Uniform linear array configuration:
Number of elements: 4
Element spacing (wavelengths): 0.25
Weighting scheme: exponential
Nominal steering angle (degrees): -45
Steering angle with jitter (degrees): -45.264
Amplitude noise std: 0.05
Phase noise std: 0.05

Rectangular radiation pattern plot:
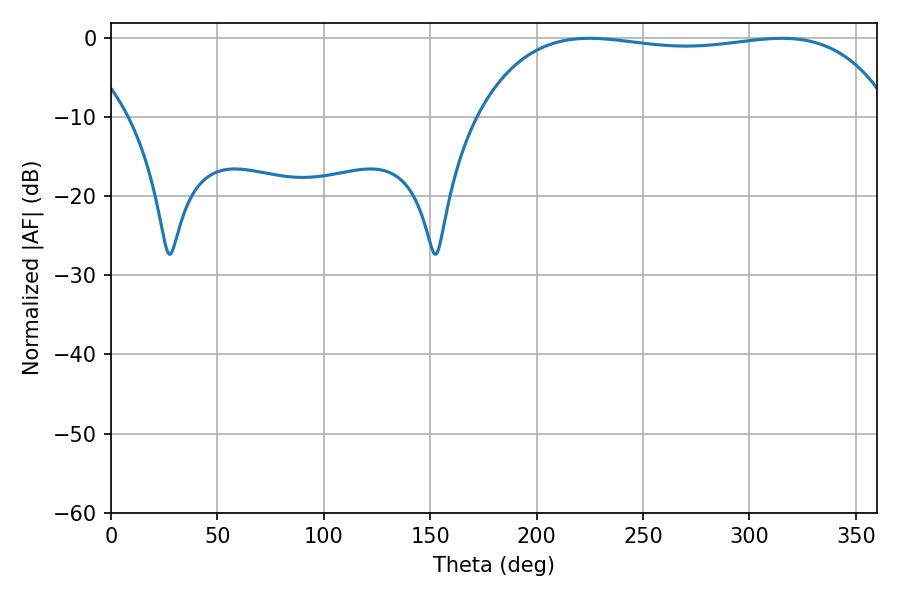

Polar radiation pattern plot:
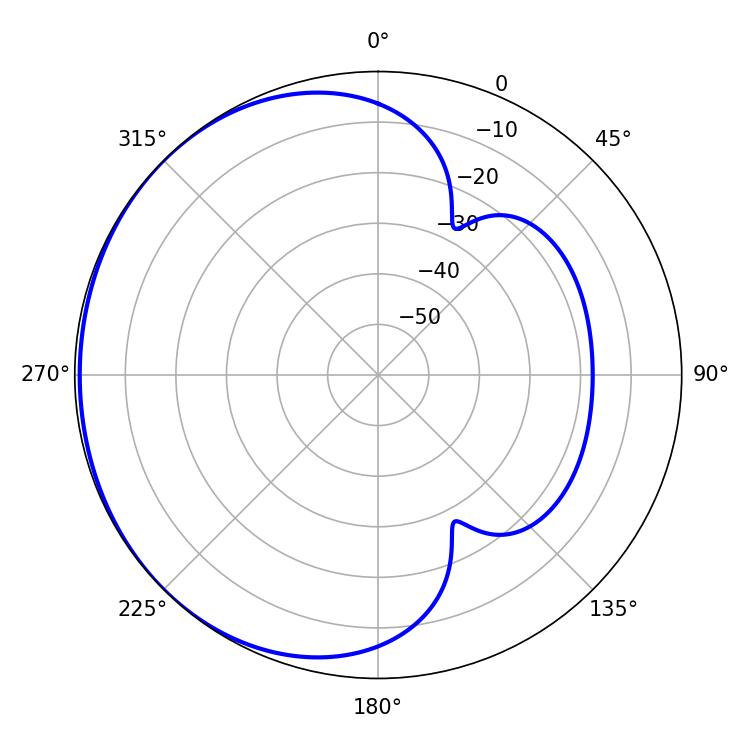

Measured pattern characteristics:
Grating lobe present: FALSE
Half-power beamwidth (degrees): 156.6
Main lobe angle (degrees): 224.82